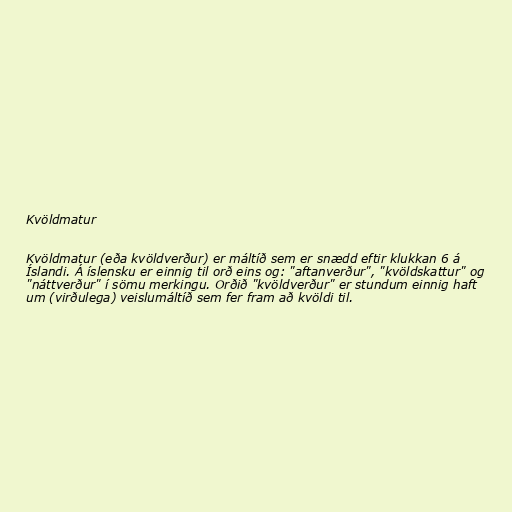
Kvöldmatur

Kvöldmatur (eða kvöldverður) er máltíð sem er snædd eftir klukkan 6 á
Íslandi. Á íslensku er einnig til orð eins og: "aftanverður", "kvöldskattur" og
"náttverður" í sömu merkingu. Orðið "kvöldverður" er stundum einnig haft
um (virðulega) veislumáltíð sem fer fram að kvöldi til.